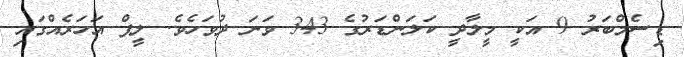
ޑިސެމްބަރު 9 އަކީ މީލާދީ ކަލަންޑަރުގެ 343 ވަނަ ދުވަހެވެ. ލީޕް އަހަރެއްގައި